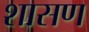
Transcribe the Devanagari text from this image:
शासण